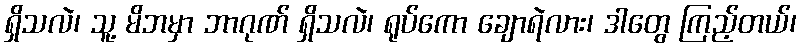
ရှိသလဲ၊ သူ့ မိဘမှာ ဘာဂုဏ် ရှိသလဲ၊ ရုပ်ကော ချောရဲလား၊ ဒါတွေ ကြည့်တယ်၊